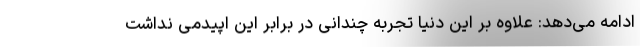
ادامه می‌دهد: علاوه بر این دنیا تجربه چندانی در برابر این اپیدمی نداشت